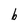
Character: b